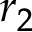
r _ { 2 }